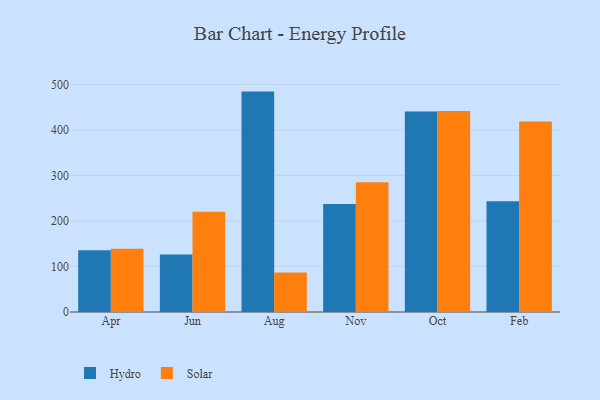
{"axis": {"x": "Month", "y": "Headcount"}, "legend": ["Hydro", "Solar"], "data": [{"x": "Apr", "y": 135.7, "type": "Hydro"}, {"x": "Apr", "y": 139.1, "type": "Solar"}, {"x": "Jun", "y": 126.1, "type": "Hydro"}, {"x": "Jun", "y": 220.5, "type": "Solar"}, {"x": "Aug", "y": 484.3, "type": "Hydro"}, {"x": "Aug", "y": 86.7, "type": "Solar"}, {"x": "Nov", "y": 237.5, "type": "Hydro"}, {"x": "Nov", "y": 285.3, "type": "Solar"}, {"x": "Oct", "y": 440.8, "type": "Hydro"}, {"x": "Oct", "y": 441.6, "type": "Solar"}, {"x": "Feb", "y": 243.5, "type": "Hydro"}, {"x": "Feb", "y": 418.6, "type": "Solar"}]}